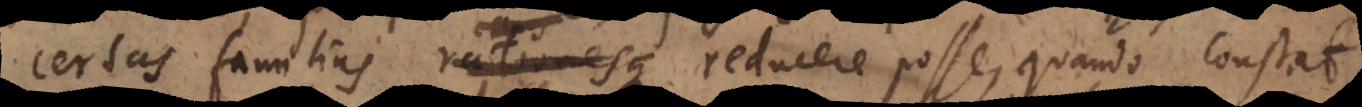
certas familias reducere posse, quando constat